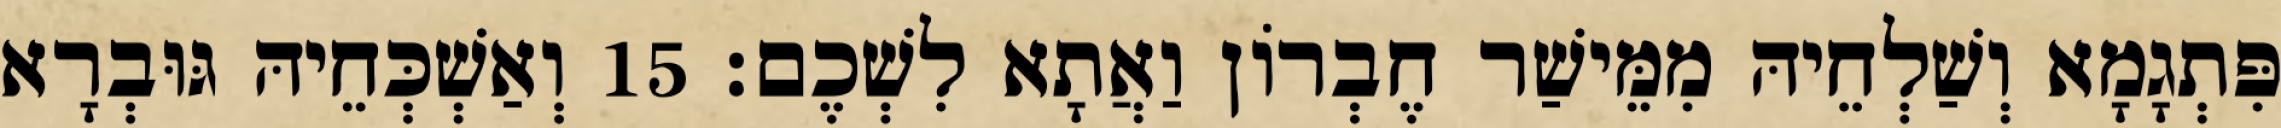
פִּתְגָמָא וְשַׁלְחֵיהּ מִמֵּישַׁר חֶבְרוֹן וַאֲתָא לִשְׁכֶם׃ 15 וְאַשְׁכְּחֵיהּ גּוּבְרָא